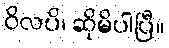
ဝိလပိ၊ ဆိုမိပါပြီ။